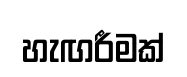
හැඟරීමක්